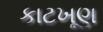
કાટખૂણ